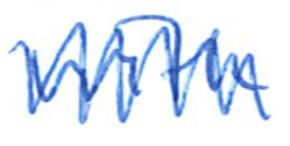
Text: with
Cross-out: mix
Writing tool: ballpoint